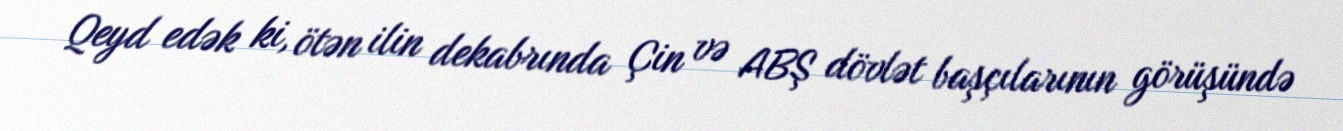
Qeyd edək ki, ötən ilin dekabrında Çin və ABŞ dövlət başçılarının görüşündə